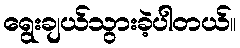
ရွေးချယ်သွားခဲ့ပါတယ်။